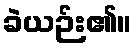
ခဲယဉ်း၏။